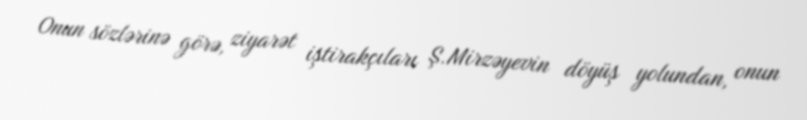
Onun sözlərinə görə, ziyarət iştirakçıları Ş.Mirzəyevin döyüş yolundan, onun